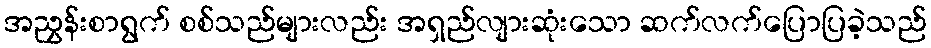
အညွှန်းစာရွက် စစ်သည်များလည်း အရှည်လျားဆုံးသော ဆက်လက်ပြောပြခဲ့သည်